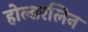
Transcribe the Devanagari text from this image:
होल्डरलिन